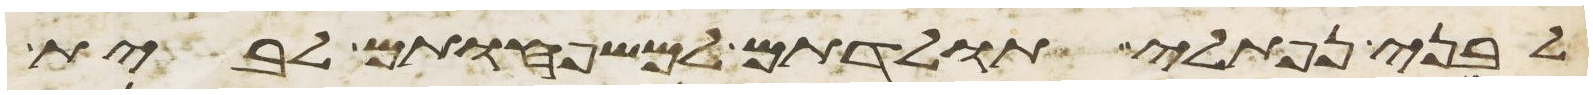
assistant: לבני נפתלי תולדתם למשפחותם לבית